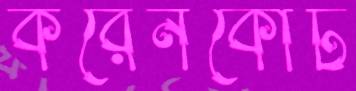
করেনকোর্ট